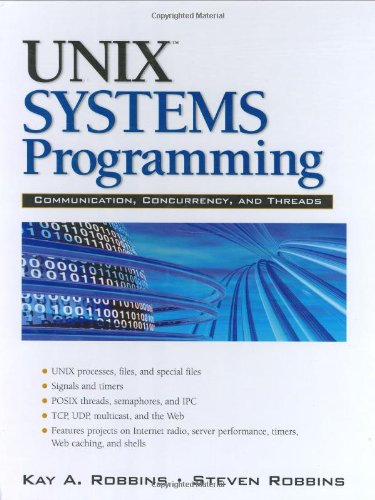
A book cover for UNIX Systems Programming: Communication, Concurrency and Threads; Kay A. Robbins; Computers & Technology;